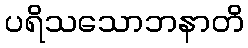
ပရိသသောဘနာတိ